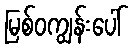
မြစ်ဝကျွန်းပေါ်